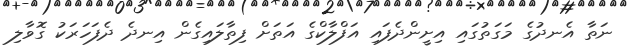
ނަތާ އެނދުގެ މަގަތުގައި އިށީންދެފައި އަފްލާކްގެ އަތަށް ފިތާލައިގެން އިނދެ ދެފަހަރަކު ގޮވާލި